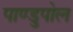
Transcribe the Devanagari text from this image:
पाण्डुपोल